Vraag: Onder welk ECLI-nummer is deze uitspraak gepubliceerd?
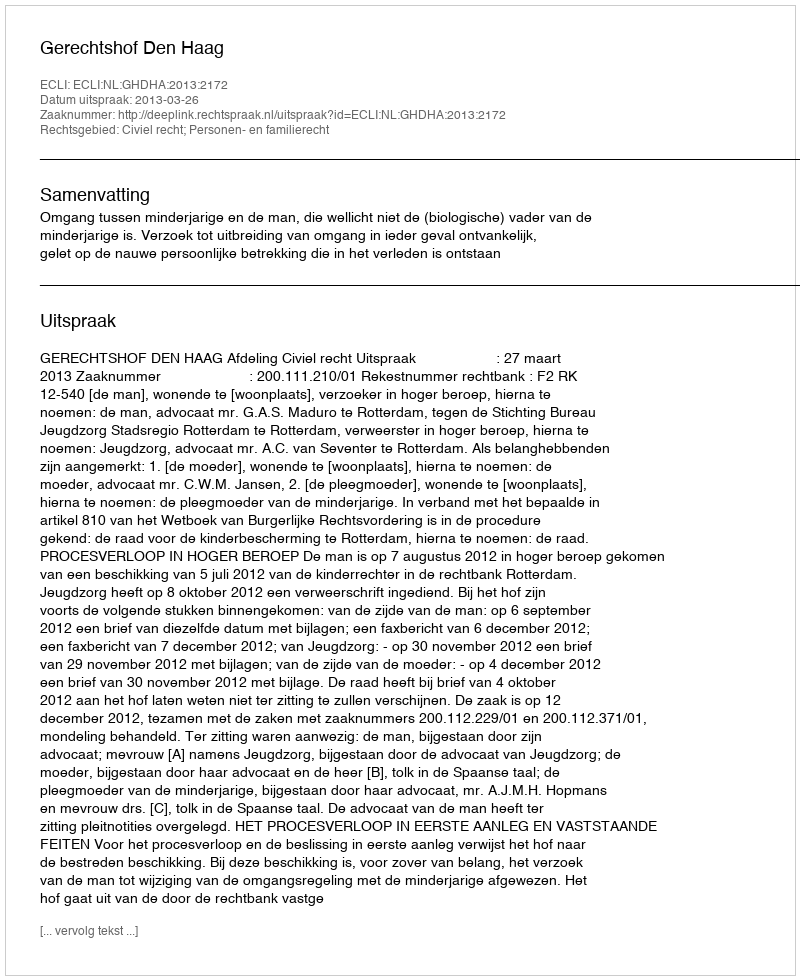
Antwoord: ECLI:NL:GHDHA:2013:2172